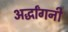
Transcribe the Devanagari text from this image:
अर्द्धांगनी